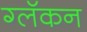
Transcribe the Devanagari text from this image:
ग्लॅकन